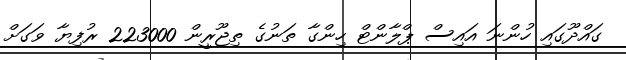
ގައްދޫގައި ހުންނަ އައިސް ޕްލާންޓް ހިންގާ ތަނުގެ ތިޖޫރީން 223000 ރުފިޔާ ވަގަށް